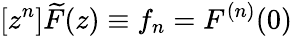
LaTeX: [z^{n}]{\widetilde{F}}(z)\equiv f_{n}=F^{(n)}(0)